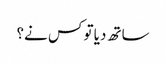
ساتھ دیا تو کس نے؟